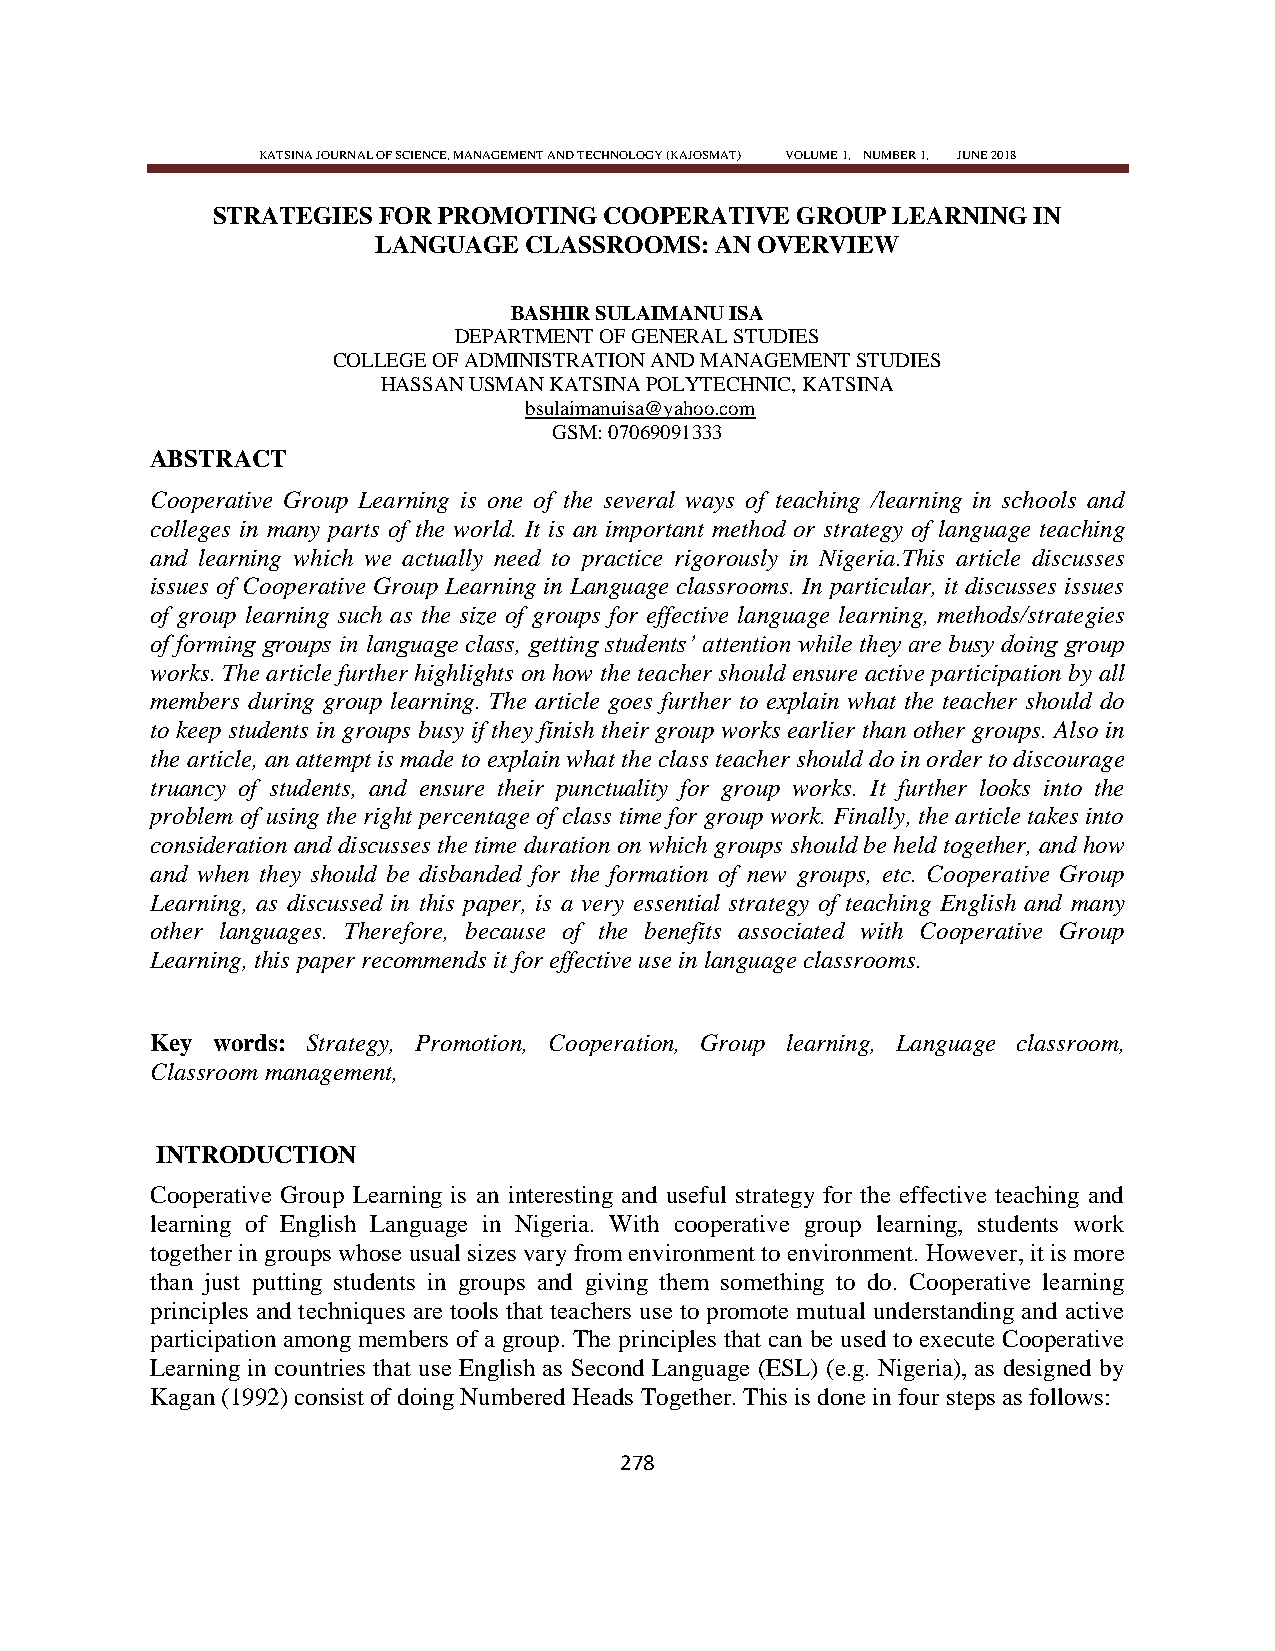
KATSINA JOURNAL OF SCIENCE, MANAGEMENT AND TECHNOLOGY (KAJOSMAT) VOLUME 1, NUMBER 1, JUNE 2018
 STRATEGIES FOR PROMOTING  COOPERATIVE  GROUP LEARNING IN
 LANGUAGE  CLASSROOMS: AN OVERVIEW
 BASHIR SULAIMANU ISA
 DEPARTMENT OF GENERAL STUDIES
 COLLEGE OF ADMINISTRATION AND MANAGEMENT STUDIES
 HASSAN USMAN KATSINA POLYTECHNIC, KATSINA
 bsulaimanuisa@yahoo.com
 GSM: 07069091333
 ABSTRACT
 Cooperative Group Learning is one of the several ways of teaching /learning in schools and
 colleges in many parts of the world. It is an important method or strategy of language teaching
 and learning which we actually need to practice rigorously in Nigeria.This article discusses
 issues of Cooperative Group Learning in Language classrooms. In particular, it discusses issues
 of group learning such as the size of groups for effective language learning, methods/strategies
 of forming groups in language class, getting students‘ attention while they are busy doing group
 works. The article further highlights on how the teacher should ensure active participation by all
 members during group learning. The article goes further to explain what the teacher should do
 to keep students in groups busy if they finish their group works earlier than other groups. Also in
 the article, an attempt is made to explain what the class teacher should do in order to discourage
 truancy of students, and ensure their punctuality for group works. It further looks into the
 problem of using the right percentage of class time for group work. Finally, the article takes into
 consideration and discusses the time duration on which groups should be held together, and how
 and when they should be disbanded for the formation of new groups, etc. Cooperative Group
 Learning, as discussed in this paper, is a very essential strategy of teaching English and many
 other languages. Therefore, because of the benefits associated with Cooperative Group
 Learning, this paper recommends it for effective use in language classrooms.
 Key words: Strategy, Promotion, Cooperation, Group learning, Language classroom,
 Classroom management,
 INTRODUCTION
 Cooperative Group Learning is an interesting and useful strategy for the effective teaching and
 learning of English Language in Nigeria. With cooperative group learning, students work
 together in groups whose usual sizes vary from environment to environment. However, it is more
 than just putting students in groups and giving them something to do. Cooperative learning
 principles and techniques are tools that teachers use to promote mutual understanding and active
 participation among members of a group. The principles that can be used to execute Cooperative
 Learning in countries that use English as Second Language (ESL) (e.g. Nigeria), as designed by
 Kagan (1992) consist of doing Numbered Heads Together. This is done in four steps as follows:
 278